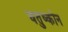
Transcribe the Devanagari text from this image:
चतुष्कोन